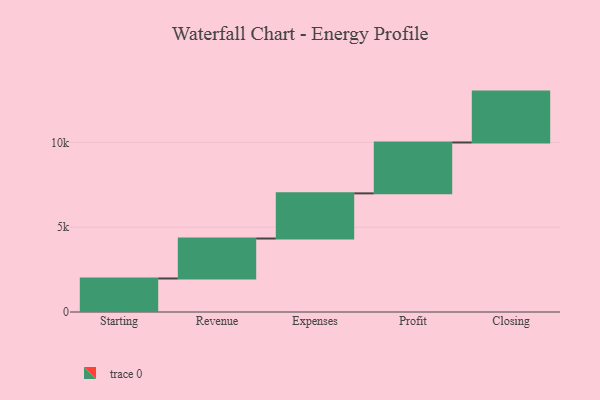
{"axis": {"x": "Step", "y": "Value"}, "legend": [""], "data": [{"x": "Starting", "y": 1976.0, "type": ""}, {"x": "Revenue", "y": 2356.0, "type": ""}, {"x": "Expenses", "y": 2662.0, "type": ""}, {"x": "Profit", "y": 3000, "type": ""}, {"x": "Closing", "y": 3000, "type": ""}]}